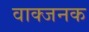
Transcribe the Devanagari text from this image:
वाक्जनक